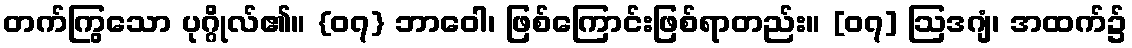
တက်ကြွသော ပုဂ္ဂိုလ်၏။ {၀၇} ဘာဝေါ၊ ဖြစ်ကြောင်းဖြစ်ရာတည်း။ [၀၇] ဩဒဂျံ၊ အထက်၌